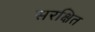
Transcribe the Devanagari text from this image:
सरक्षित